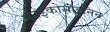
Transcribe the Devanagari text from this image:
फाइकोसाइनिन